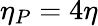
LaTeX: \eta_{P}=4\eta